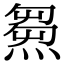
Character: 𤌉